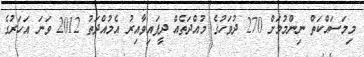
މިމަސައްކަތް ނިންމުމަށް 270 ދުވަހުގެ މުއްދަތެއް ދީފައިވާއިރު އެމުއްދަތު 2012 ވަނަ އަހަރުގެ